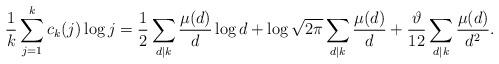
LaTeX: \begin{align*} \frac{1}{k} \sum_{j=1}^{k}c_{k}(j)\log j = \frac{1}{2}\sum_{d|k}\frac{\mu(d)}{d}\log d + \log\sqrt{2\pi} \sum_{d|k}\frac{\mu(d)}{d} + \frac{\vartheta}{12}\sum_{d|k}\frac{\mu(d)}{d^2}.\end{align*}